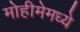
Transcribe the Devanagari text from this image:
मोहीमेमध्ये